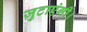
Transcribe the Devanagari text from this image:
जुटाएंगी।